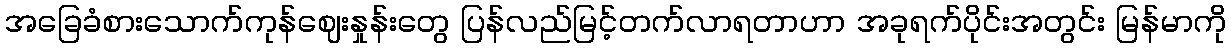
အခြေခံစားသောက်ကုန်ဈေးနှုန်းတွေ ပြန်လည်မြင့်တက်လာရတာဟာ အခုရက်ပိုင်းအတွင်း မြန်မာကို